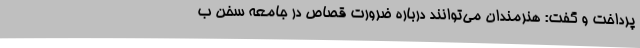
پرداخت و گفت: هنرمندان می‌توانند درباره ضرورت قصاص در جامعه سخن ب